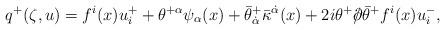
LaTeX: \begin{align*}q^+(\zeta,u)= f^i(x)u^+_i + \theta^{+\alpha}\psi_{\alpha}(x) +\bar{\theta}^+_{\dot{\alpha}}\bar{\kappa}^{\dot\alpha}(x) +2i\theta^+/\!\!\!\partial\bar{\theta}^+ f^i(x) u^-_i,\end{align*}